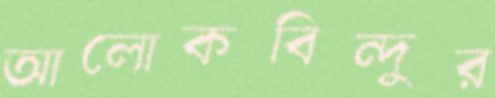
আলোকবিন্দুর